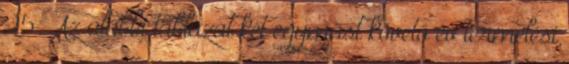
25. Az alábbi táblázat két egymást követő év termelési